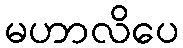
မဟာလိပေ